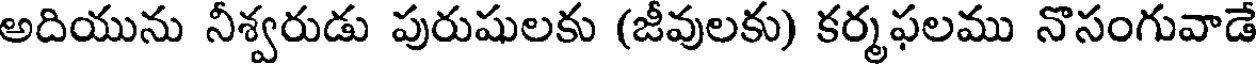
అదియును నీశ్వరుడు పురుషులకు (జీవులకు) కర్మఫలము నొసంగువాడే